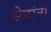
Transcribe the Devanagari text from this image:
सेवांनी